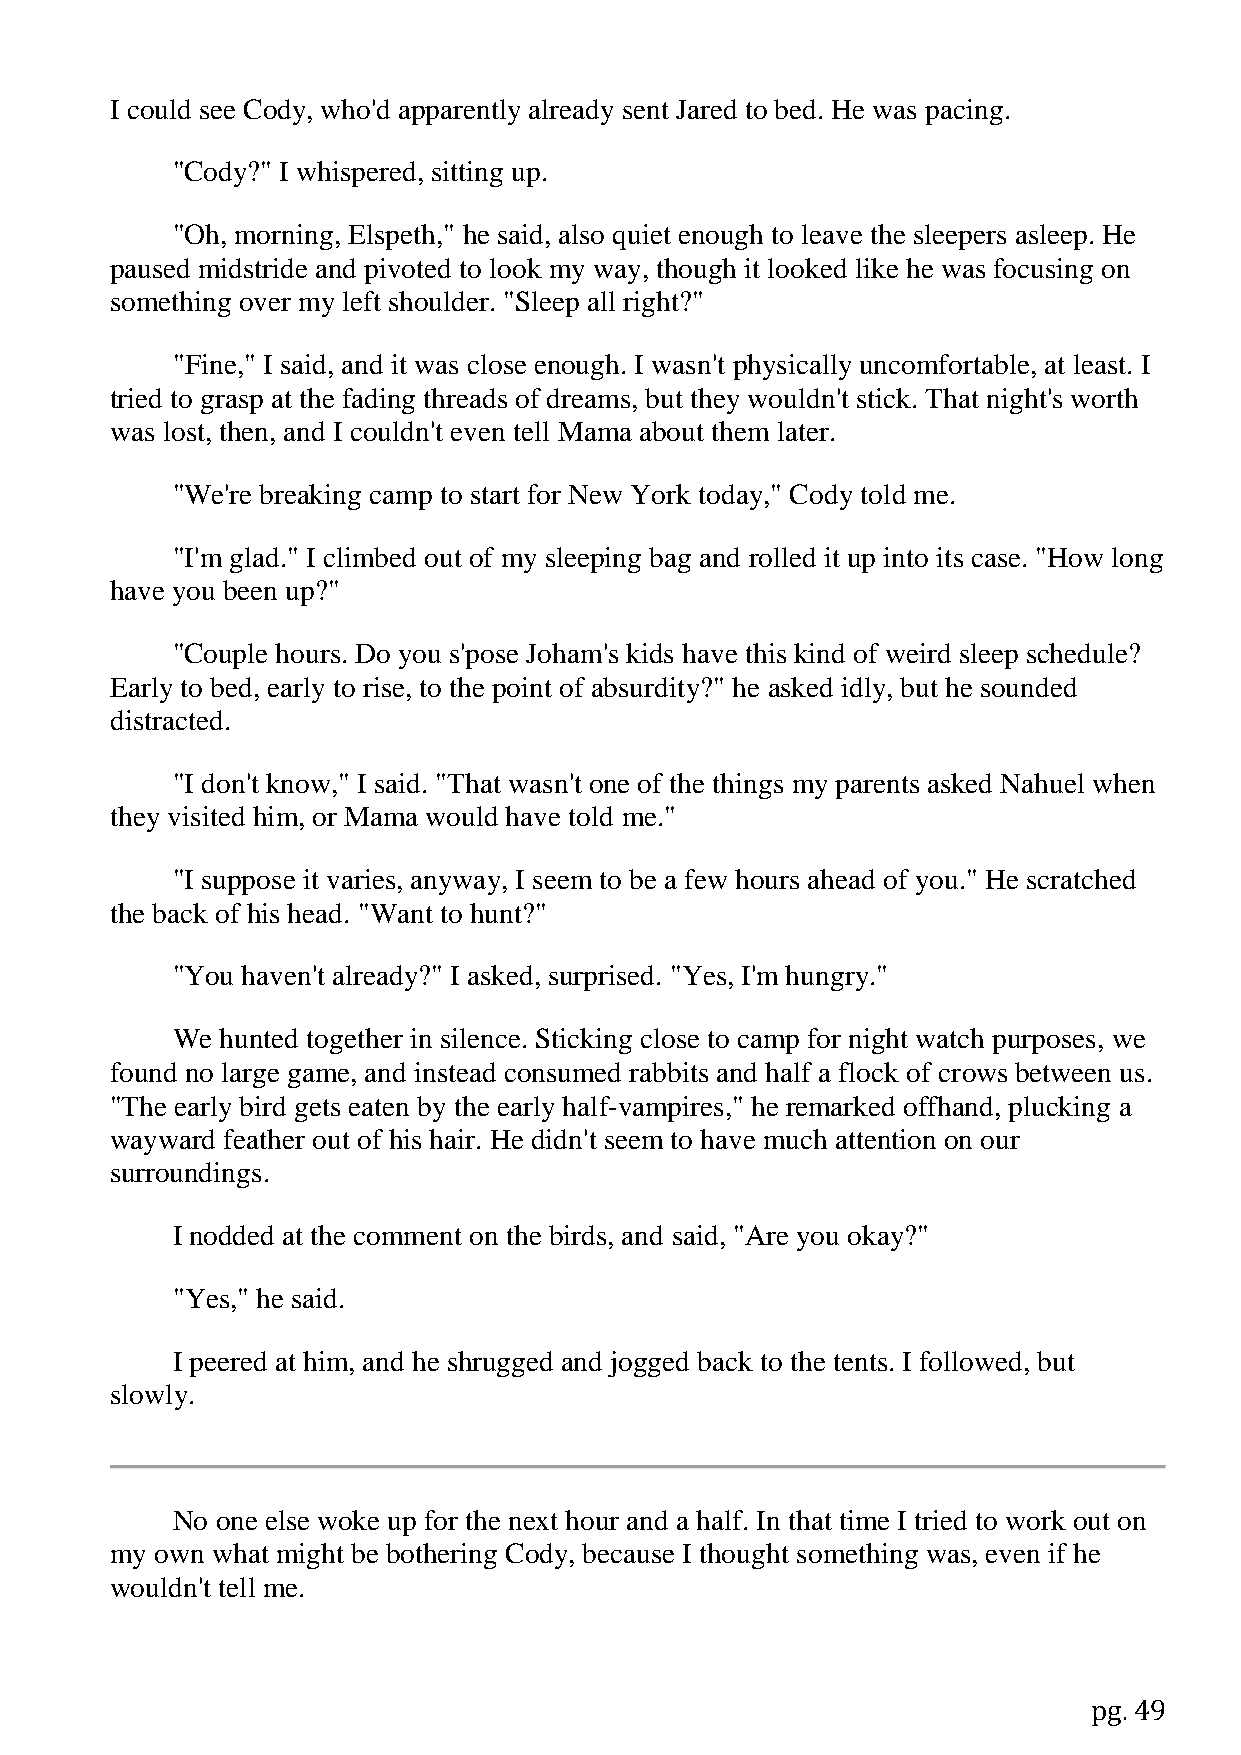
I could see Cody, who'd apparently already sent Jared to bed. He was pacing.
 "Cody?" I whispered, sitting up.
 "Oh, morning, Elspeth," he said, also quiet enough to leave the sleepers asleep. He
 paused midstride and pivoted to look my way, though it looked like he was focusing on
 something over my left shoulder. "Sleep all right?"
 "Fine," I said, and it was close enough. I wasn't physically uncomfortable, at least. I
 tried to grasp at the fading threads of dreams, but they wouldn't stick. That night's worth
 was lost, then, and I couldn't even tell Mama about them later.
 "We're breaking camp to start for New York today," Cody told me.
 "I'm glad." I climbed out of my sleeping bag and rolled it up into its case. "How long
 have you been up?"
 "Couple hours. Do you s'pose Joham's kids have this kind of weird sleep schedule?
 Early to bed, early to rise, to the point of absurdity?" he asked idly, but he sounded
 distracted.
 "I don't know," I said. "That wasn't one of the things my parents asked Nahuel when
 they visited him, or Mama would have told me."
 "I suppose it varies, anyway, I seem to be a few hours ahead of you." He scratched
 the back of his head. "Want to hunt?"
 "You haven't already?" I asked, surprised. "Yes, I'm hungry."
 We  hunted together in silence. Sticking close to camp for night watch purposes, we
 found no large game, and instead consumed rabbits and half a flock of crows between us.
 "The early bird gets eaten by the early half-vampires," he remarked offhand, plucking a
 wayward feather out of his hair. He didn't seem to have much attention on our
 surroundings.
 I nodded at the comment on the birds, and said, "Are you okay?"
 "Yes," he said.
 I peered at him, and he shrugged and jogged back to the tents. I followed, but
 slowly.
 No one else woke up for the next hour and a half. In that time I tried to work out on
 my own what might be bothering Cody, because I thought something was, even if he
 wouldn't tell me.
 pg. 49